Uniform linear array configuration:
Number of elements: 24
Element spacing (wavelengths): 0.5
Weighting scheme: hamming
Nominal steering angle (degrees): -45
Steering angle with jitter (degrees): -43.89
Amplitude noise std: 0.05
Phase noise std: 0.05

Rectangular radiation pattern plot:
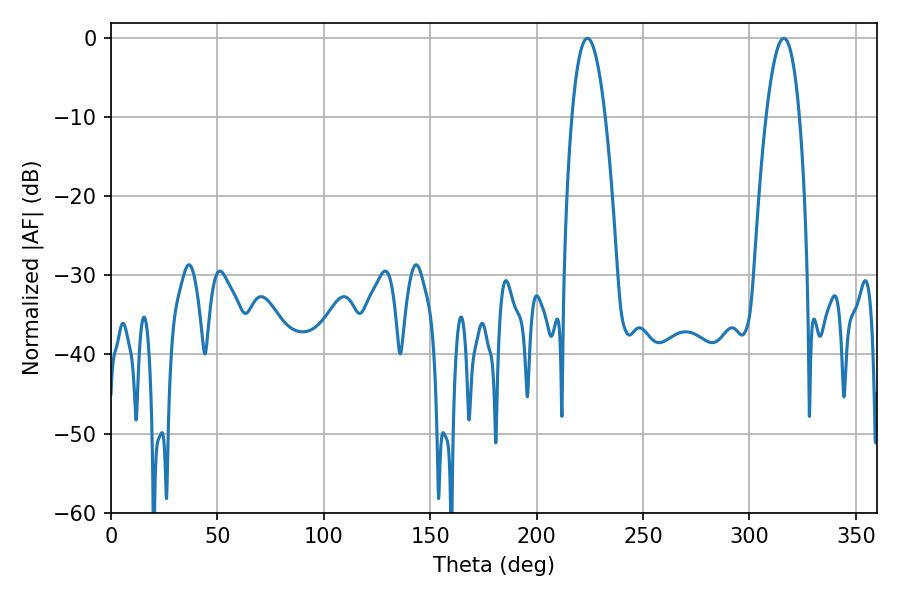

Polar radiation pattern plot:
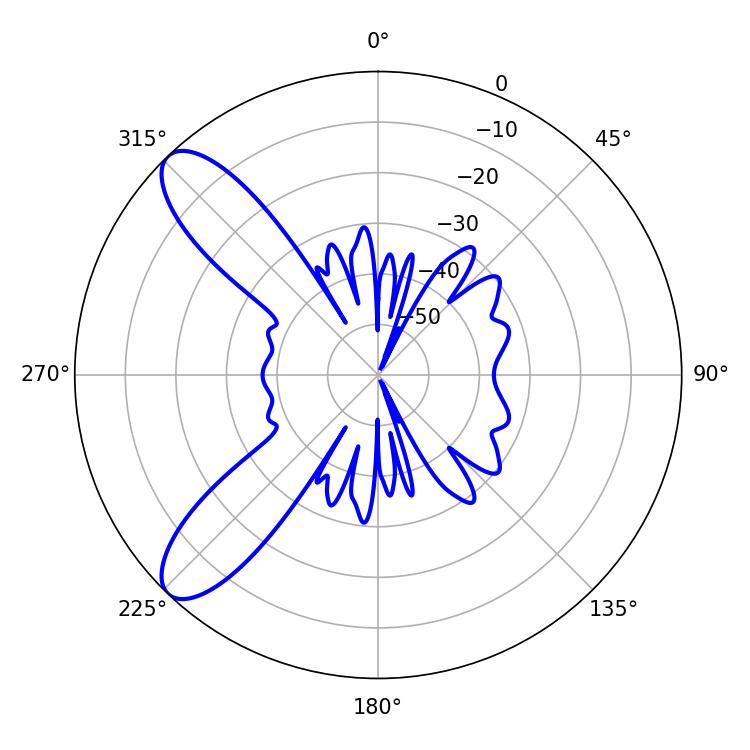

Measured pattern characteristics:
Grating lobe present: FALSE
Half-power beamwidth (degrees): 8.82
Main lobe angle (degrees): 223.92